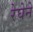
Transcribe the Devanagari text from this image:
रेघेने